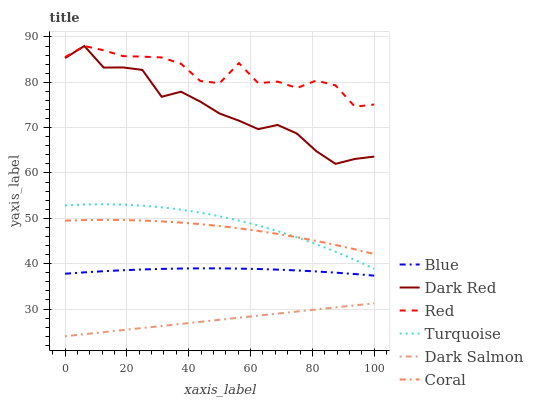
| xaxis_label | Blue | Dark Red | Red | Turquoise | Dark Salmon | Coral |
 | --- | --- | --- | --- | --- | --- | --- |
 | 0 | 37.8 | 85.3 | 85.5 | 52.8 | 24 | 49.5 |
 | 6.25 | 38.1 | 88 | 88 | 53.1 | 24.5 | 49.6 |
 | 12.5 | 38.3 | 83.2 | 87.1 | 53.1 | 24.9 | 49.7 |
 | 18.8 | 38.6 | 83.3 | 85.8 | 53 | 25.4 | 49.6 |
 | 25 | 38.7 | 82.7 | 85.7 | 52.8 | 25.8 | 49.5 |
 | 31.2 | 38.9 | 76.8 | 85.5 | 52.4 | 26.3 | 49.3 |
 | 37.5 | 38.9 | 77.9 | 84.1 | 51.9 | 26.7 | 49.1 |
 | 43.8 | 39 | 75.7 | 80.3 | 51.3 | 27.2 | 48.7 |
 | 50 | 39 | 73.1 | 79.8 | 50.5 | 27.6 | 48.3 |
 | 56.2 | 38.9 | 71.5 | 84.2 | 49.5 | 28.1 | 47.8 |
 | 62.5 | 38.8 | 69.7 | 79.8 | 48.4 | 28.5 | 47.2 |
 | 68.8 | 38.7 | 70.6 | 80.2 | 47.2 | 29 | 46.6 |
 | 75 | 38.5 | 68.7 | 78.7 | 45.8 | 29.5 | 45.8 |
 | 81.2 | 38.3 | 64.8 | 80.4 | 44.3 | 29.9 | 45 |
 | 87.5 | 38 | 62 | 79.3 | 42.6 | 30.4 | 44.1 |
 | 93.8 | 37.7 | 63.1 | 74.6 | 40.8 | 30.8 | 43.2 |
 | 100 | 37.4 | 63.6 | 75.1 | 38.9 | 31.3 | 42.1 |